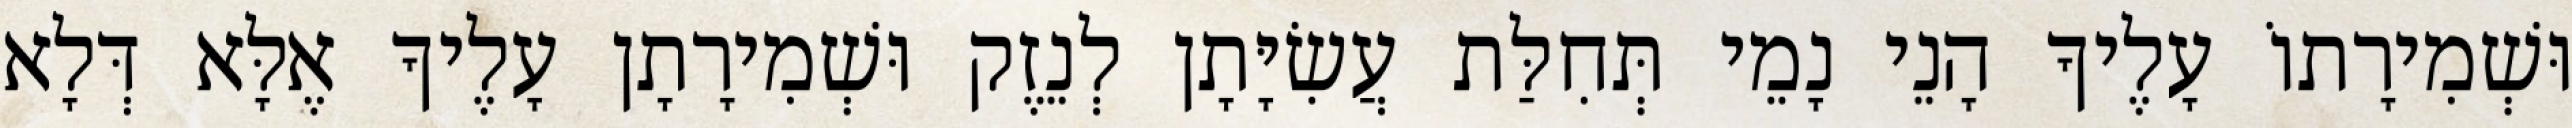
וּשְׁמִירָתוֹ עָלֶיךָ הָנֵי נָמֵי תְּחִלַּת עֲשִׂיָּתָן לְנֵזֶק וּשְׁמִירָתָן עָלֶיךָ אֶלָּא דְּלָא